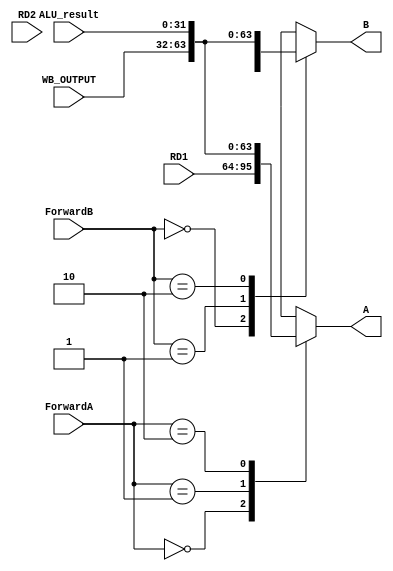
module FORWARDING_MUX
(	
	input	[1:0]	ForwardA		,
	input	[1:0]	ForwardB		,
	input	[31:0]	ALU_result		,
	input	[31:0]	WB_OUTPUT		,
	input	[31:0]	RD1				,
	input	[31:0] 	RD2				,

	output	[31:0]	A				,
	output	[31:0] 	B
);

	//ALU input A 
	reg		[31:0]	A_r;
	always @ (*) begin
		casex (ForwardA)
			2'b00 	:  A_r = RD1;
			2'b01 	:  A_r = WB_OUTPUT;
			2'b10 	:  A_r = ALU_result;
			default	:  A_r = 32'bx;
		endcase
	end

	//ALU input B
	reg		[31:0]	B_r; 
	always @ (*) begin
		casex (ForwardB)
			2'b00 	:  B_r = RD2;
			2'b01 	:  B_r = WB_OUTPUT;
			2'b10 	:  B_r = ALU_result;
			default	:  B_r = 32'bx;
		endcase
	end

	assign A = A_r;
	assign B = B_r;
	
endmodule